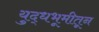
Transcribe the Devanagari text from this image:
युद्धभूमीतून